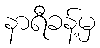
နာရီခန့်မှ